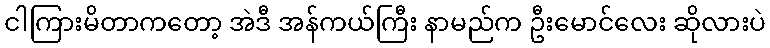
ငါကြားမိတာကတော့ အဲဒီ အန်ကယ်ကြီး နာမည်က ဦးမောင်လေး ဆိုလားပဲ